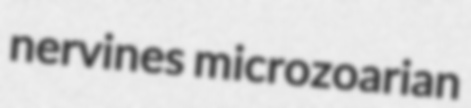
nervines microzoarian